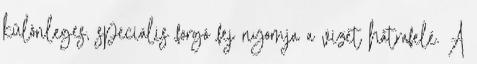
különleges, speciális forgó fej nyomja a vizet hátrafelé. A